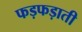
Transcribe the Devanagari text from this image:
फड़फड़ाती